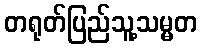
တရုတ်ပြည်သူ့သမ္မတ